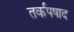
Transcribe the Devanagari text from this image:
तर्कपषाद